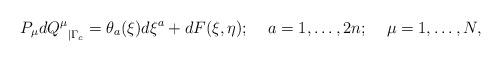
\begin{align*}{P_{\mu}dQ^{\mu}}_{\mid \Gamma _c} = \theta _a (\xi)d\xi ^a + dF(\xi ,\eta);\;\;\;\;a=1,\ldots ,2n;\;\;\;\;\mu =1,\ldots ,N,\end{align*}